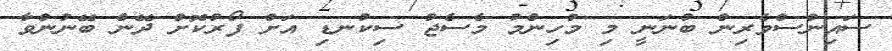
ސައިންސްވެރިން ބުނަނީ މި މުހިންމު މެސެޖު ސިކުނޑި އަށް ފޯރުކޮށް ދޭން ބޭނުންވާ